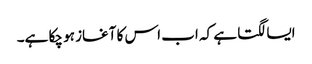
ایسا لگتا ہے کہ اب اس کا آغاز ہو چکا ہے۔